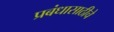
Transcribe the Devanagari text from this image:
प्रबंधासाठीचे